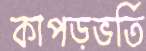
কাপড়ভর্তি